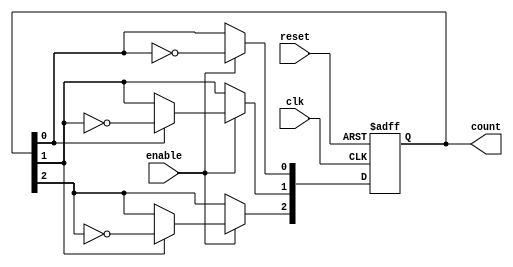
module async_counter (
    input wire clk,          // Clock input
    input wire reset,        // Asynchronous reset
    input wire enable,       // Enable signal
    output reg [N-1:0] count // Output count (N flip-flops)
);
    parameter N = 3; // Number of flip-flops (adjust as needed)

    // Asynchronous reset and counting logic
    always @(posedge clk or posedge reset) begin
        if (reset) begin
            count <= 0; // Reset the count to 0
        end else if (enable) begin
            count[0] <= ~count[0]; // Toggle LSB
            // Ripple effect for the rest of the bits
            count[1] <= count[0] ? ~count[1] : count[1];
            count[2] <= count[1] ? ~count[2] : count[2];
            // Add more lines for additional flip-flops if N > 3
        end
    end
endmodule